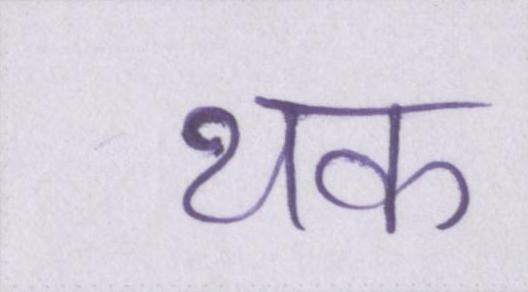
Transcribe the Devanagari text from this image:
थक